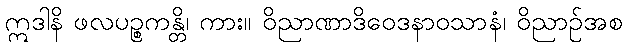
ဣဒါနိ ဖလပဉ္စကန္တိ၊ ကား။ ဝိညာဏာဒိဝေဒနာဝသာနံ၊ ဝိညာဉ်အစ